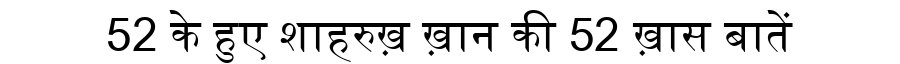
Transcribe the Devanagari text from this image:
52 के हुए शाहरुख़ ख़ान की 52 ख़ास बातें